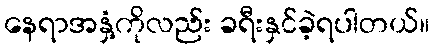
နေရာအနှံ့ကိုလည်း ခရီးနှင်ခဲ့ရပါတယ်။